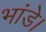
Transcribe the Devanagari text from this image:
भांडे।